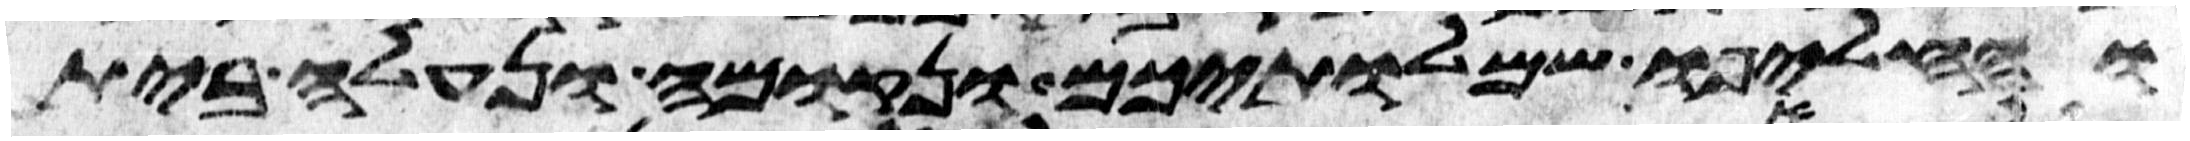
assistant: והחליפו שמלתיכם ונקומה ונעלה בית